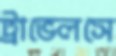
ট্রাভেলসে